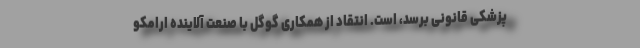
پزشکی قانونی برسد، است. انتقاد از همکاری گوگل با صنعت آلاینده ارامکو